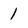
Character: 1